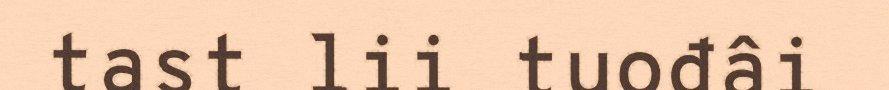
tast lii tuođâi